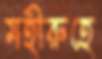
মহীরুহে